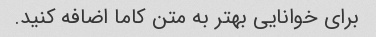
برای خوانایی بهتر به متن کاما اضافه کنید.